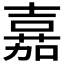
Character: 𫅘